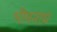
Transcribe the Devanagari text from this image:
भीमनाथ